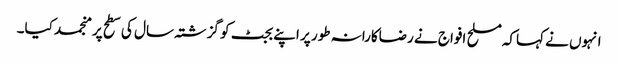
انہوں نے کہاکہ مسلح افواج نے رضاکارانہ طور پر اپنے بجٹ کو گزشتہ سال کی سطح پر منجمد کیا۔